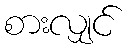
စားလျှင်